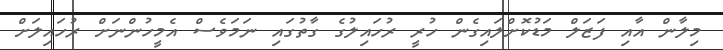
މިލާން އާއި ފަޒަލް މަޑުކޮށްލައިގެން ހުރީ ރުހައިލުގެ ގާތުގައި ނަމަވެސް އެމީހުންނަށް ރުހައިލަށް